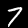
Label: 7